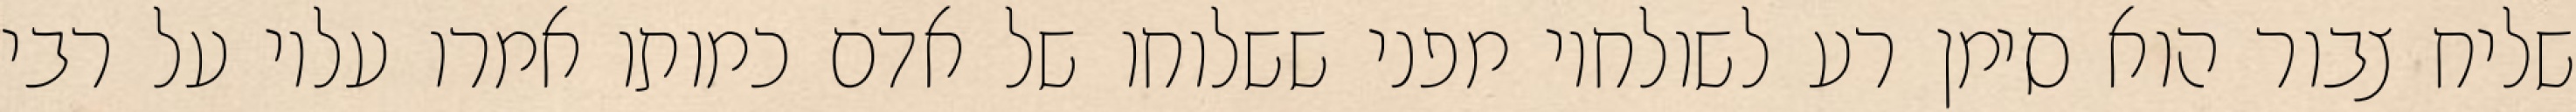
שליח צבור הוא סימן רע לשולחיו מפני ששלוחו של אדם כמותו אמרו עליו על רבי